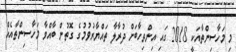
މި މަހާސިންތާއަކީ 2018 ގައި އިންތިހާބަށް ދުރާލާ ތައްޔާރުވުމުގެ ގޮތުން ބާއްވާ މަހާސިންތާއެއް